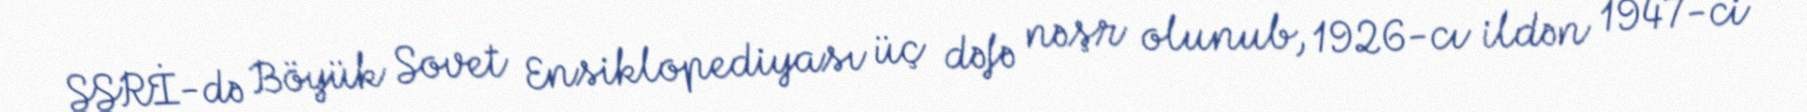
SSRİ-də Böyük Sovet Ensiklopediyası üç dəfə nəşr olunub, 1926-cı ildən 1947-ci